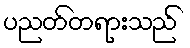
ပညတ်တရားသည်